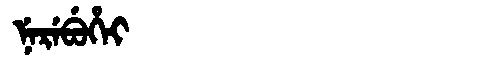
Manchu: ᠨᡝᡵᡝᠪᡠᡥᡝᡳ
Romanization: NEREBUHEI